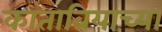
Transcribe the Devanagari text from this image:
कांताब्रियाच्या